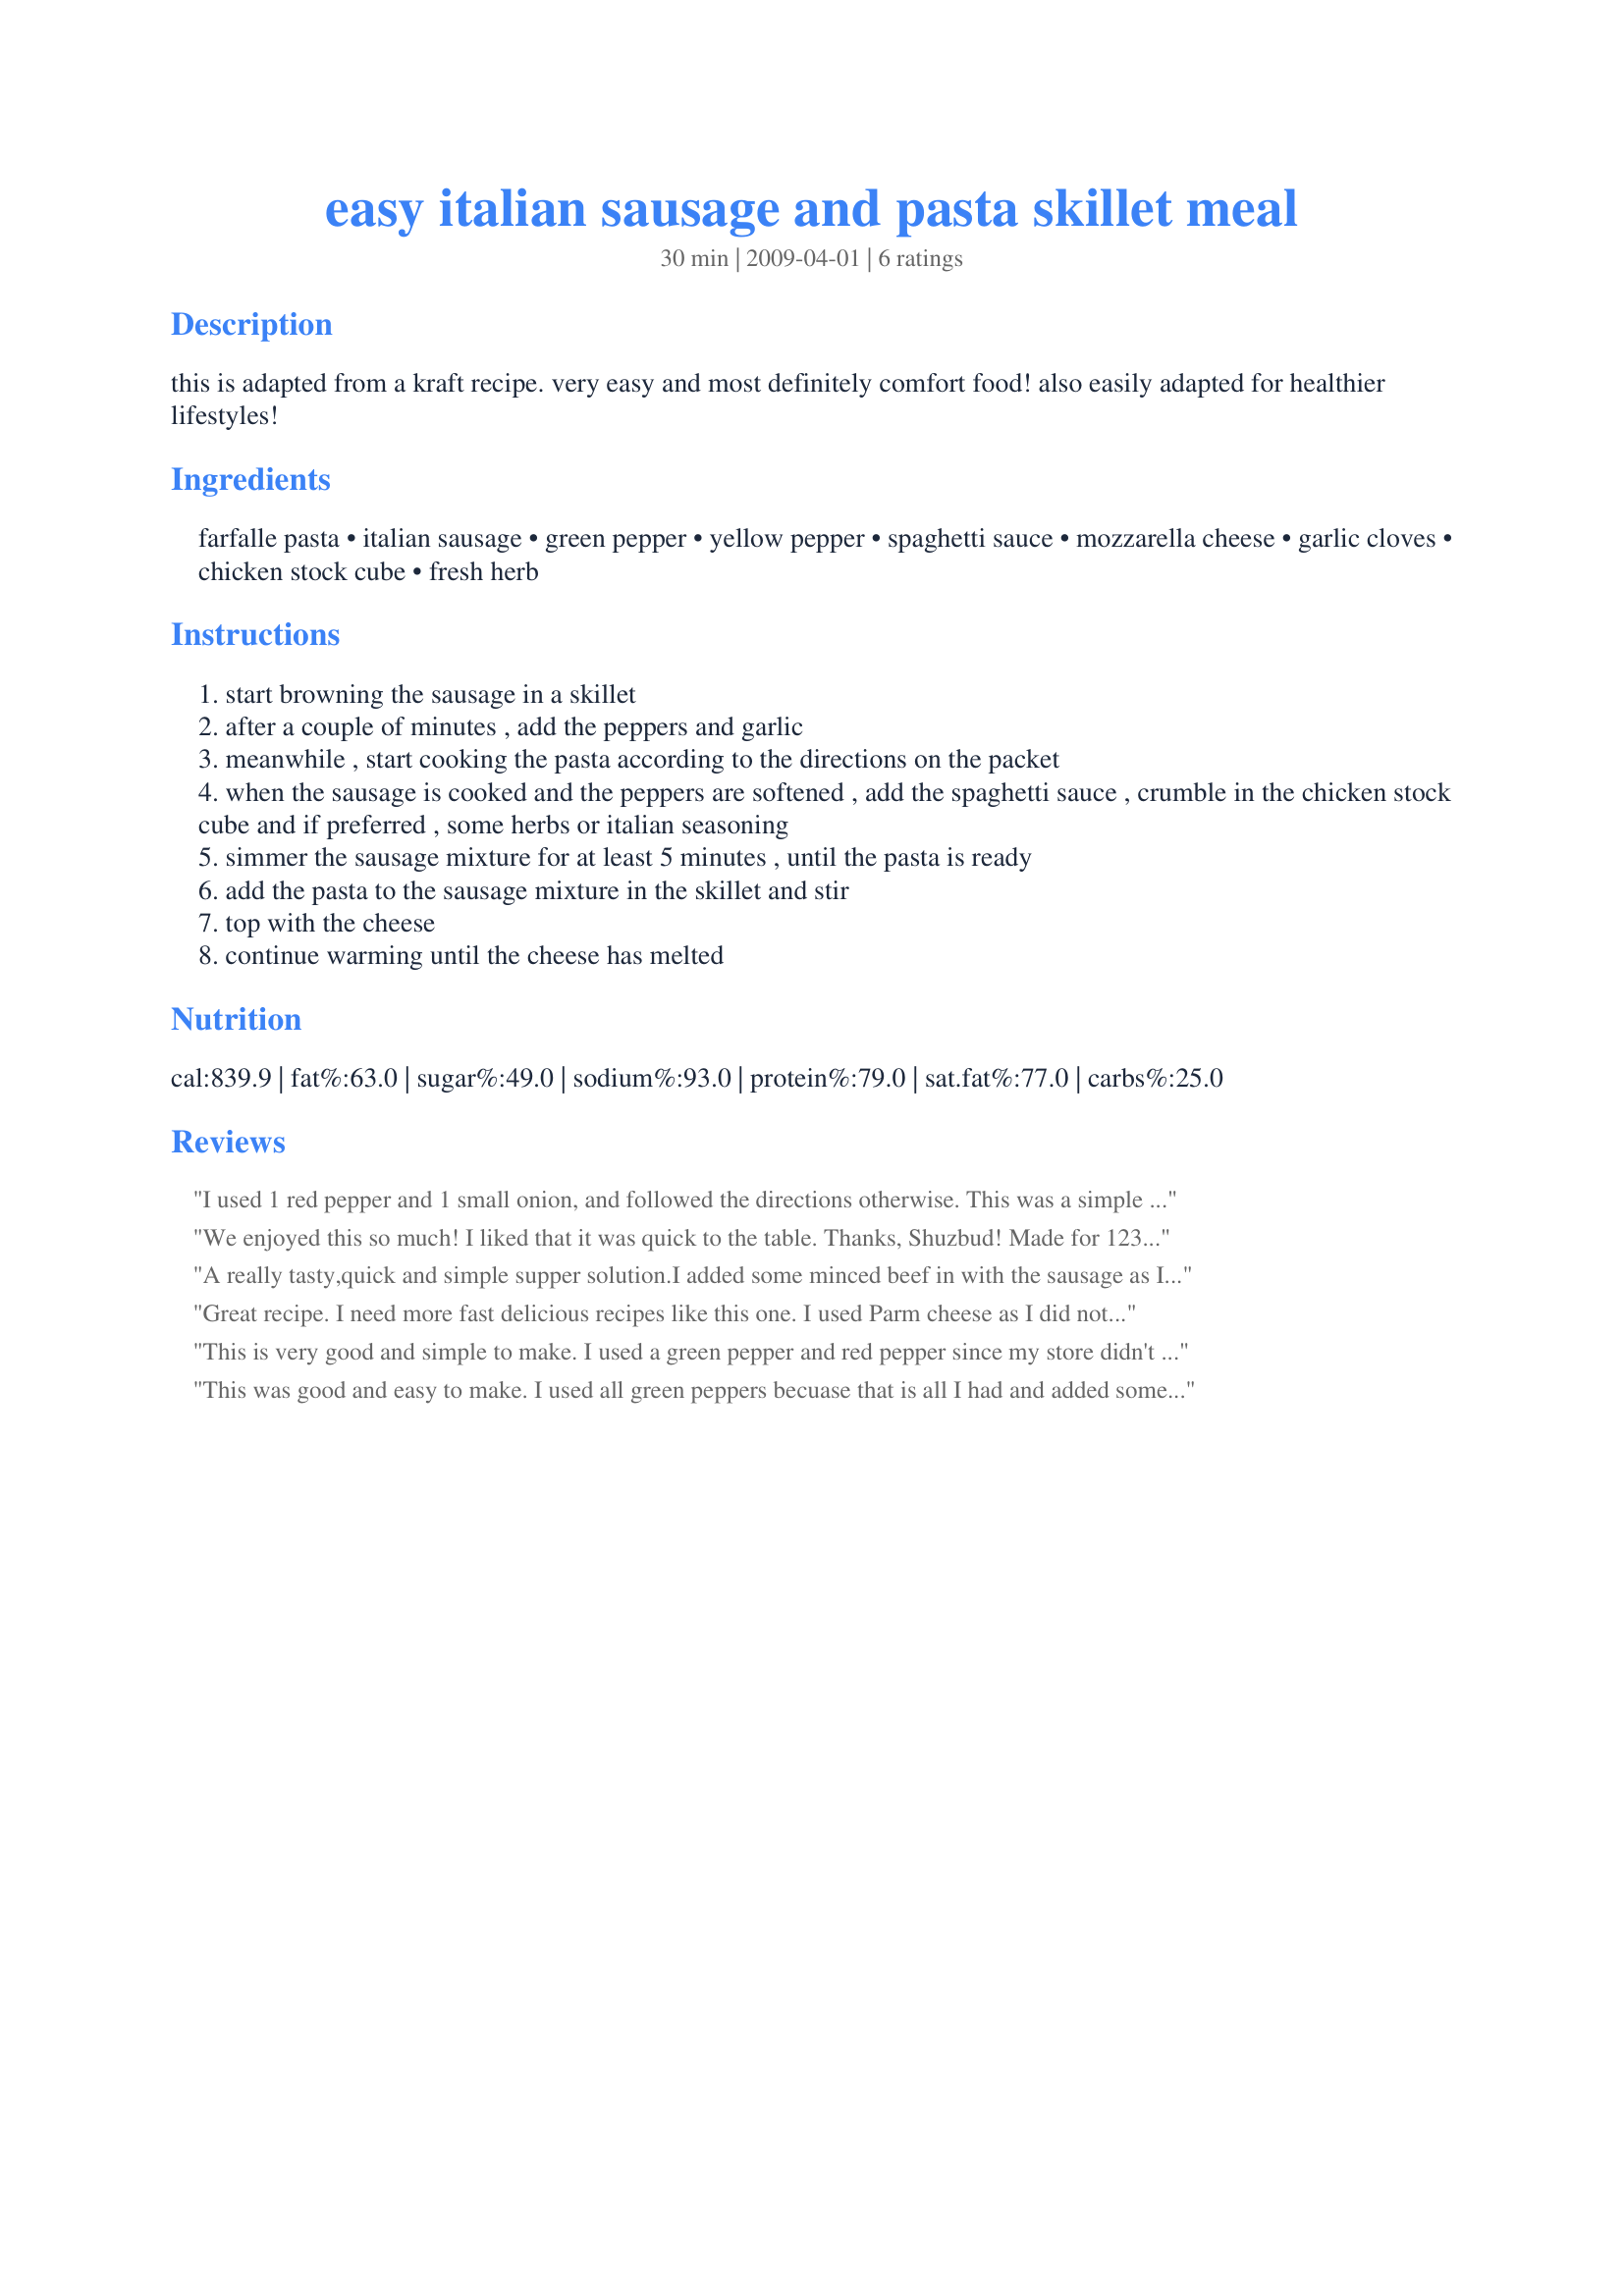
easy italian sausage and pasta skillet meal
Preparation time: 30 minutes

this is adapted from a kraft recipe. very easy and most definitely comfort food! also easily adapted for healthier lifestyles!

Ingredients:
farfalle pasta, italian sausage, green pepper, yellow pepper, spaghetti sauce, mozzarella cheese, garlic cloves, chicken stock cube, fresh herb

Steps:
start browning the sausage in a skillet
after a couple of minutes , add the peppers and garlic
meanwhile , start cooking the pasta according to the directions on the packet
when the sausage is cooked and the peppers are softened , add the spaghetti sauce , crumble in the chicken stock cube and if preferred , some herbs or italian seasoning
simmer the sausage mixture for at least 5 minutes , until the pasta is ready
add the pasta to the sausage mixture in the skillet and stir
top with the cheese
continue warming until the cheese has melted

Reviews:
I used 1 red pepper and 1 small onion, and followed the directions otherwise. This was a simple dish to make and quick to the table, which is good when you have had a really busy day. Using canned sauce it took no time at all to whip up! The sausage and peppers gave it lots of good flavor and I used Italian Seasoning to spice it up to our liking. Thank you for sharing your recipe with us Shuzbud! Made for Newest Zaar Stars 4/09
Linda
We enjoyed this so much! I liked that it was quick to the table. Thanks, Shuzbud! Made for 123 tag.
A really tasty,quick and simple supper solution.I added some minced beef in with the sausage as I didn't quite have enough,and used my favourite homemade pasta sauce.
I also used spiralli instead of farfalle,which worked out really well,as the meat got caught up in the little corkscrews.
A delicious dish,with the perfect amount of zip from the hot sausage.
Thanks for a great meal Shuzbud!
made for 1-2-3 Hits.
Great recipe. I need more fast delicious recipes like this one. I used Parm cheese as I did not have mozzarella cheese but it still turned out wonderful. I will definitely make this again.
This is very good and simple to make. I used a green pepper and red pepper since my store didn't have yellow. Thanks for sharing!
This was good and easy to make. I used all green peppers becuase that is all I had and added some parm cheese along with the moz. I forgot the bouillon cube. We all enjoyed this.
